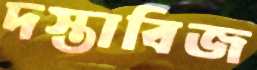
দস্তাবিজ